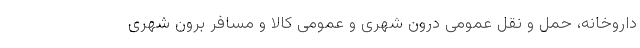
داروخانه، حمل و نقل عمومی درون شهری و عمومی کالا و مسافرِ برون شهری